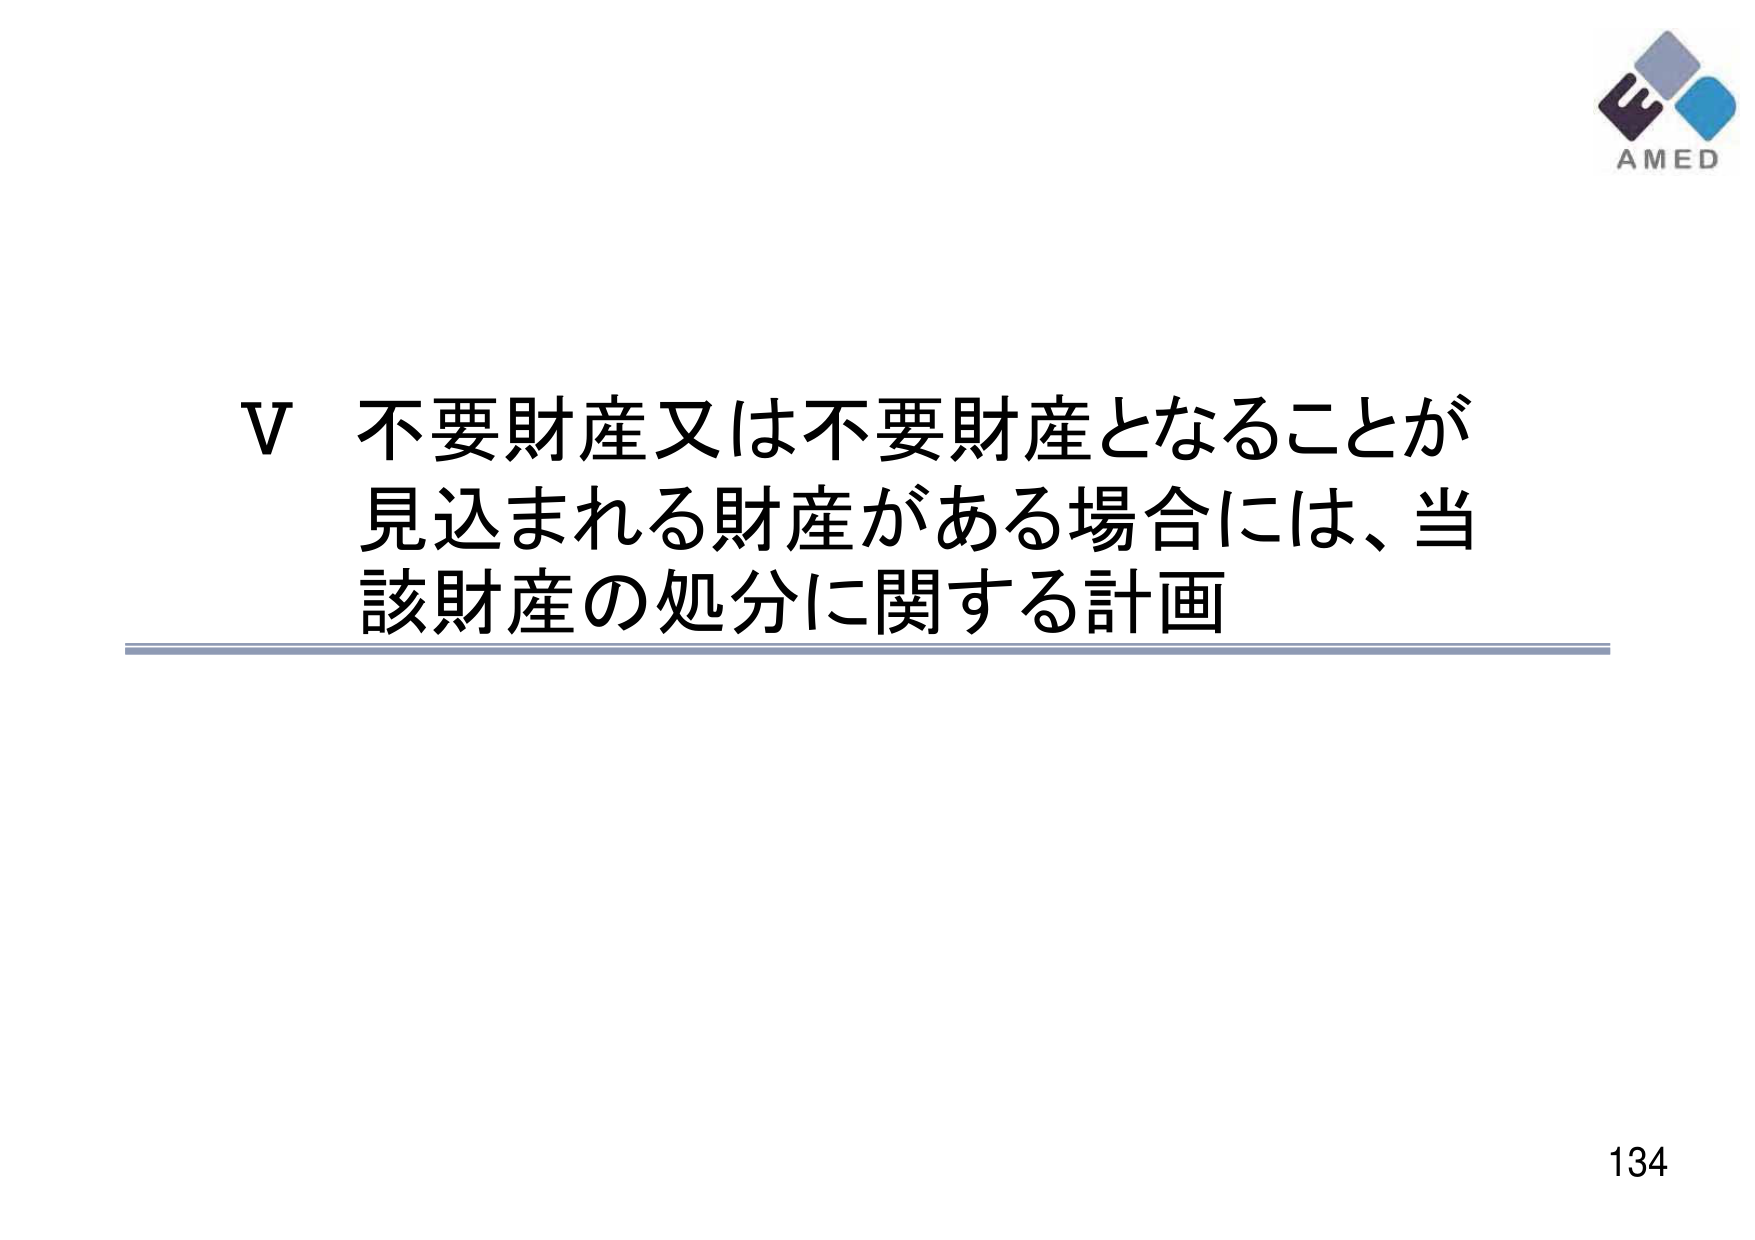
V 不要財産又は不要財産となることが
見込まれる財産がある場合には、当
該財産の処分に関する計画

AMED
134